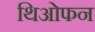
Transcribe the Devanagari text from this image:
थिओफन